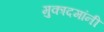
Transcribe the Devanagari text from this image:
मुकादमांनी